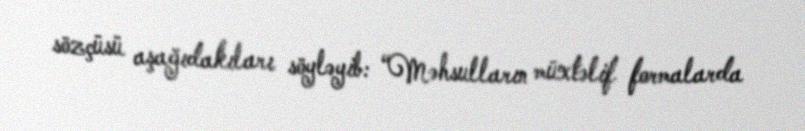
sözçüsü aşağıdakıları söyləyib: “Məhsulların müxtəlif formalarda